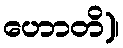
ဟောတိ)၊